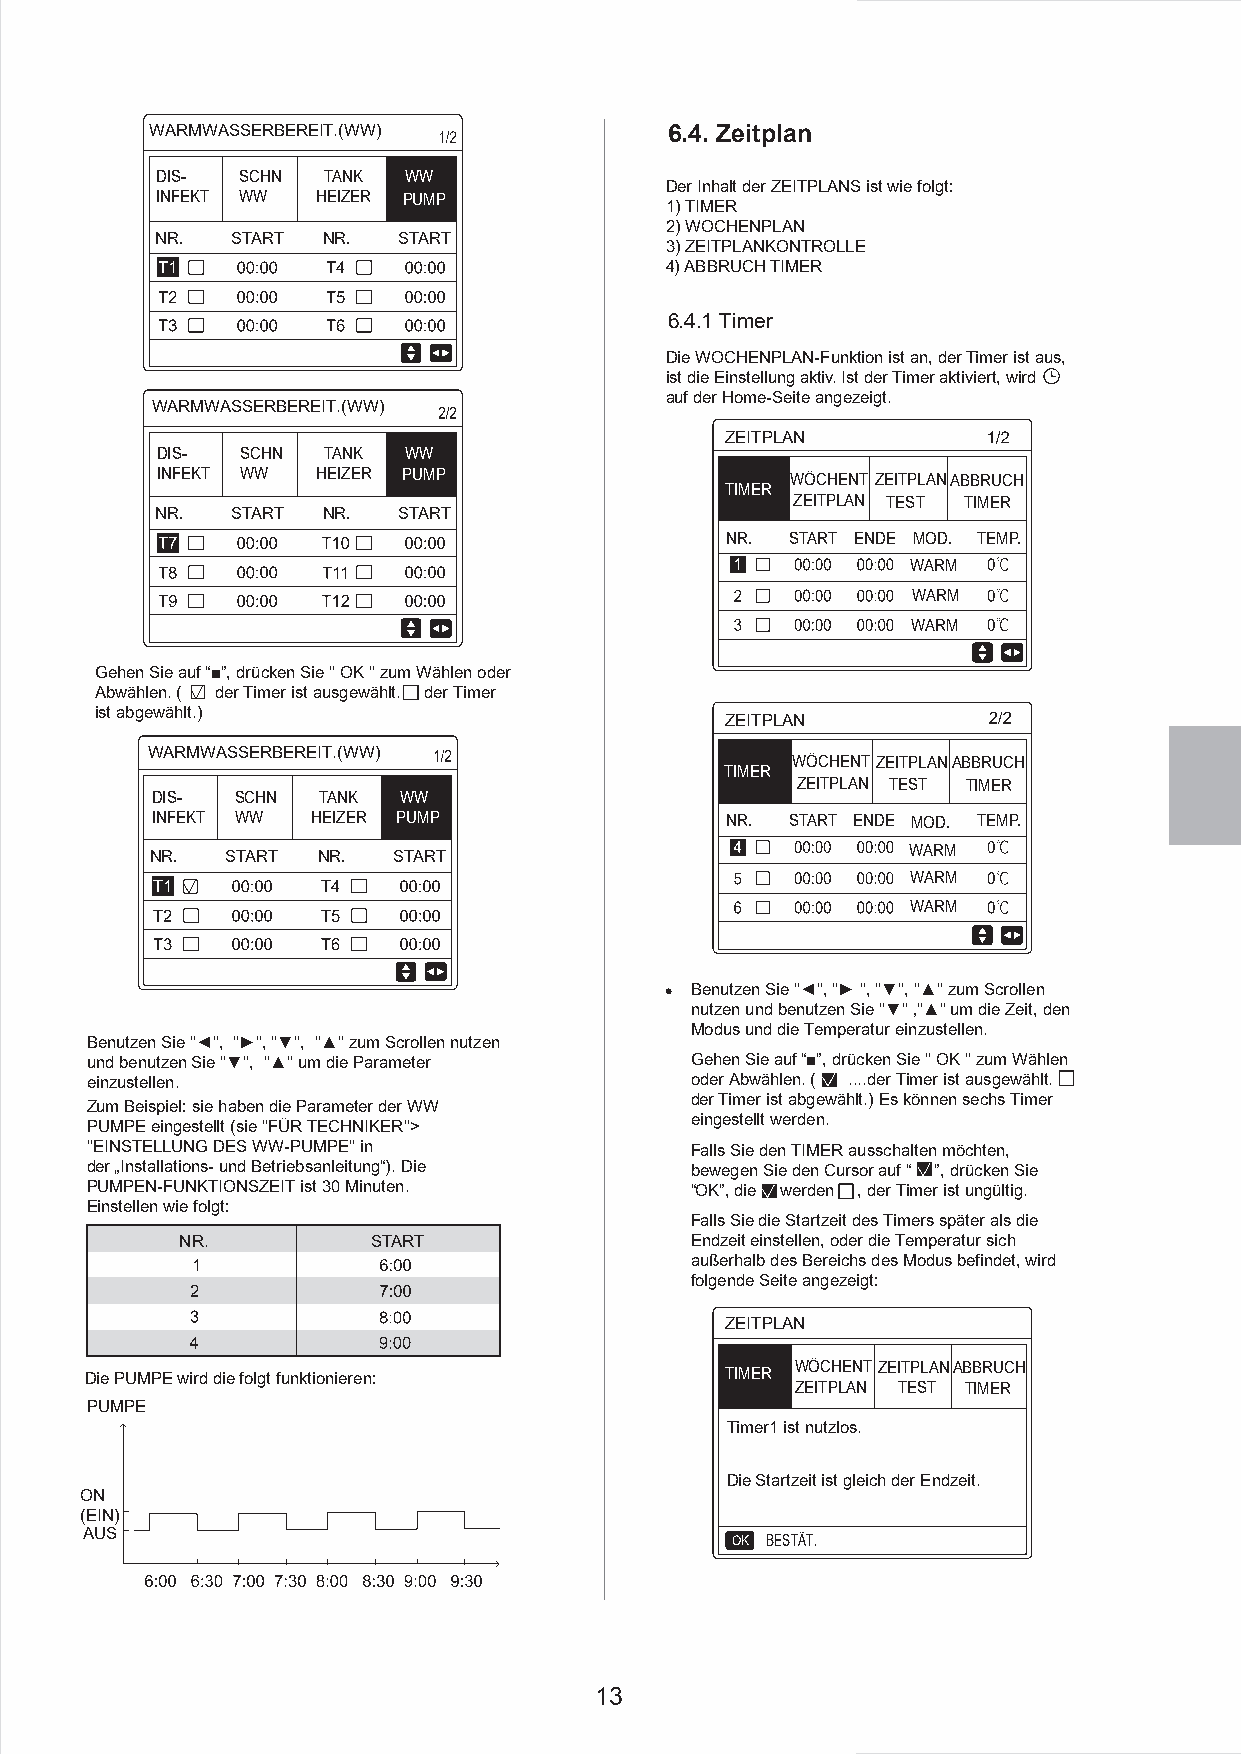
WARMWASSERBEREIT.(WW)             6.4. Zeitplan
 DIS-  SCHN TANK  WW
 Der Inhalt der ZEITPLANS ist wie folgt:
 INFEKT WW  HEIZER PUMP
 1)TIMER
 2)WOCHENPLAN
 NR.  START NR.  START
 3)ZEITPLANKONTROLLE
 4) ABBRUCH TIMER
 6.4.1 Timer
 Die WOCHENPLAN-Funktion ist an, der Timer ist aus,
 ist die Einstellung aktiv. Ist der Timer aktiviert, wird
 auf der Home-Seite angezeigt.
 WARMWASSERBEREIT.(WW)
 ZEITPLAN
 DIS-  SCHN TANK  WW
 INFEKT WW  HEIZER PUMP                    WÖCHENT ZEITPLANABBRUCH
 TIMER
 ZEITPLAN TEST TIMER
 NR.  START NR.  START
 NR. START ENDE MOD. TEMP.
 WARM
 WARM
 WARM
 Gehen Sie auf “■”, drücken Sie '' OK '' zum Wählen oder
 Abwählen. ( der Timer ist ausgewählt. der Timer
 ist abgewählt.)
 ZEITPLAN
 WARMWASSERBEREIT.(WW)
 WÖCHENTZEITPLANABBRUCH
 TIMER
 ZEITPLAN TEST TIMER
 DIS-  SCHN TANK WW
 INFEKT WW  HEIZER PUMP                NR. START ENDE MOD. TEMP.
 WARM
 NR.  START NR.  START
 WARM
 WARM
 Benutzen Sie ''◄'', ''► '', ''▼'', ''▲'' zum Scrollen
 nutzen und benutzen Sie ''▼'' ‚''▲'' um die Zeit, den
 Modus und die Temperatur einzustellen.
 Benutzen Sie ''◄'', ''►'', ''▼'', ''▲'' zum Scrollen nutzen
 und benutzen Sie ''▼'', ''▲'' um die Parameter Gehen Sie auf “■”, drücken Sie '' OK '' zum Wählen
 einzustellen.                           oder Abwählen. ( ....der Timer ist ausgewählt.
 der Timer ist abgewählt.) Es können sechs Timer
 Zum Beispiel: sie haben die Parameter der WW
 eingestellt werden.
 PUMPE eingestellt (sie ''FÜR TECHNIKER''>
 ''EINSTELLUNG DES WW-PUMPE'' in         Falls Sie den TIMER ausschalten möchten,
 der „Installations- und Betriebsanleitung“). Die bewegen Sie den Cursor auf “ ”, drücken Sie
 PUMPEN-FUNKTIONSZEIT ist 30 Minuten.    “OK”, die werden , der Timer ist ungültig.
 Einstellen wie folgt:
 Falls Sie die Startzeit des Timers später als die
 NR.          START                Endzeit einstellen, oder die Temperatur sich
 außerhalb des Bereichs des Modus befindet, wird
 folgende Seite angezeigt:
 ZEITPLAN
 WÖCHENTZEITPLANABBRUCH
 Die PUMPE wird die folgt funktionieren:   TIMER
 ZEITPLAN TEST TIMER
 PUMPE
 Timer1 ist nutzlos.
 Die Startzeit ist gleich der Endzeit.
 ON
 (EIN)
 AUS
 OK BESTÄT.